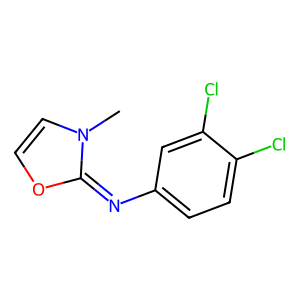
SMILES: Cn1ccoc1=Nc1ccc(Cl)c(Cl)c1
Inhibits HIV replication: No